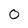
Character: 0